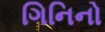
ગિનિનો